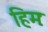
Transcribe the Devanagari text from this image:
हिमः